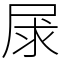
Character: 㞗